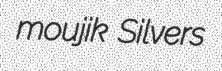
moujik Silvers